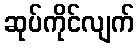
ဆုပ်ကိုင်လျက်